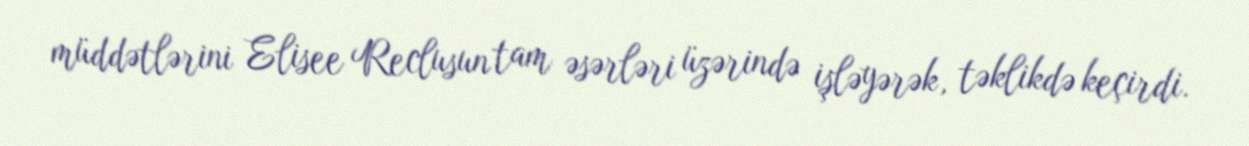
müddətlərini Elisee Reclusun tam əsərləri üzərində işləyərək, təklikdə keçirdi.